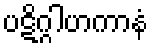
ပဋိဂ္ဂါဟကာနံ